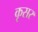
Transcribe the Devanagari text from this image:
कृसर